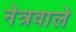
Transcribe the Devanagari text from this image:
नेत्रवाले